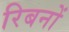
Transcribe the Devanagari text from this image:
रिबनों